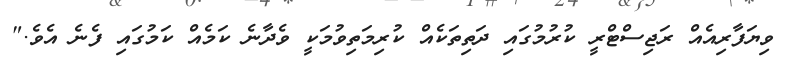
ވިޔަފާރިއެއް ރަޖިސްޓްރީ ކުރުމުގައި ދަތިތަކެއް ކުރިމަތިވުމަކީ ވެދާނެ ކަމެއް ކަމުގައި ފެނެ އެވެ."